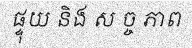
ផ្ទុយ និង ស ច្ច ភាព